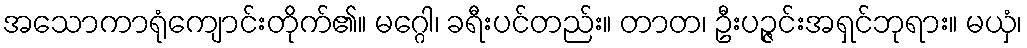
အသောကာရုံကျောင်းတိုက်၏။ မဂ္ဂေါ၊ ခရီးပင်တည်း။ တာတ၊ ဦးပဉ္ဇင်းအရှင်ဘုရား။ မယှံ၊